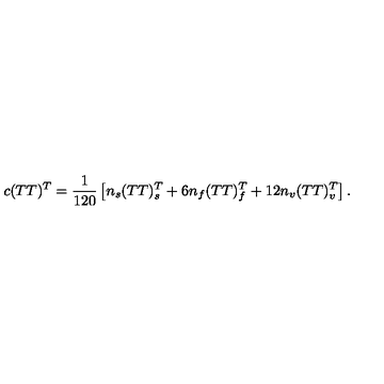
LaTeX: c ( T T ) ^ { T } = { \frac { 1 } { 1 2 0 } } \left[ n _ { s } ( T T ) _ { s } ^ { T } + 6 n _ { f } ( T T ) _ { f } ^ { T } + 1 2 n _ { v } ( T T ) _ { v } ^ { T } \right] .